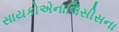
સાયકોએનાલિસીસના